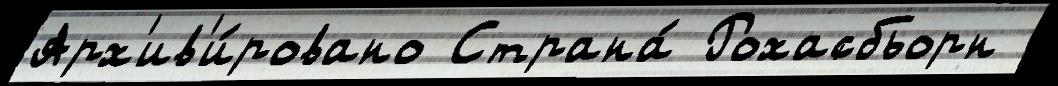
Арх'ив'и́ровано Страна́ Рохасбьорн